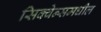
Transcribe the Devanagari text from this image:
सिक्वेन्समधील